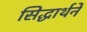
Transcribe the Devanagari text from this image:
सिद्धार्थने